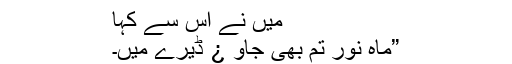
میں نے اس سے کہا
”ماہ نور تم بھی جاو ¿ ڈیرے میں۔